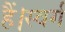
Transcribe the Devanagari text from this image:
हैं।स्वर्ग